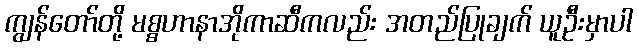
ကျွန်တော်တို့ မစ္စဟာနာအိုကာဆီကလည်း အတည်ပြုချက် ယူဦးမှာပါ